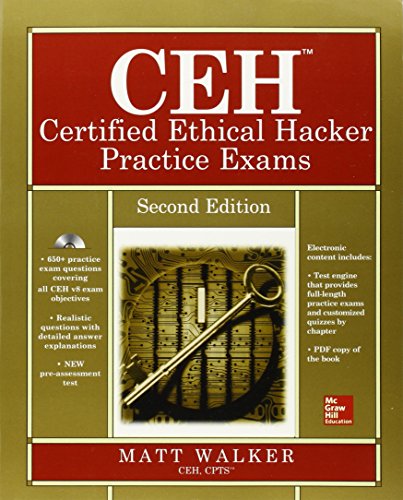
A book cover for CEH Certified Ethical Hacker Practice Exams, Second Edition (All-in-One); Matt Walker; Computers & Technology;